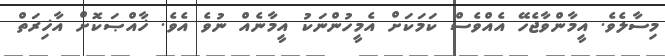
މިސާލެވެ. އީމާންވާޖެހޭ އެއްވެސް ކަމަކަށް އެމީހުންނަކު އީމާނެއް ނުވެ އެވެ. ޚާއްޞަކޮށް އާޚިރަތް